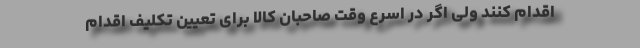
اقدام کنند ولی اگر در اسرع وقت صاحبان کالا برای تعیین تکلیف اقدام